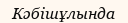
Кәбішұлында